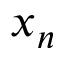
x _ { n }